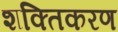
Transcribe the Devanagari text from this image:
शक्तिकरण